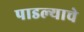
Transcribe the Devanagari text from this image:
पाडल्याचे